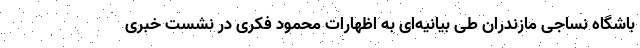
باشگاه نساجی مازندران طی بیانیه‌ای به اظهارات محمود فکری در نشست خبری